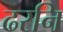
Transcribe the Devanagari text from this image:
ढरनि